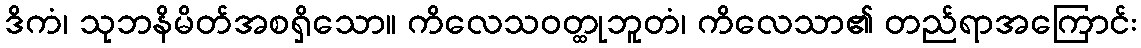
ဒိကံ၊ သုဘနိမိတ်အစရှိသော။ ကိလေသဝတ္ထုဘူတံ၊ ကိလေသာ၏ တည်ရာအကြောင်း